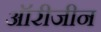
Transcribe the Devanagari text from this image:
ऑरीजीन